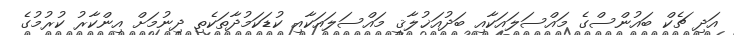
އަދި ޗެކް ބައުންސްގެ މައްސަލައަކާއި ބަދުއަޚުލާޤީ މައްސަލައަކާއި ކުޑަކަމުދާތަކެތި ދިނުމަށް އިންކާރު ކުރުމުގެ